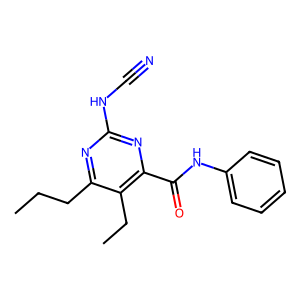
SMILES: CCCc1nc(NC#N)nc(C(=O)Nc2ccccc2)c1CC
Inhibits HIV replication: No